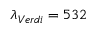
\lambda _ { V e r d i } = 5 3 2